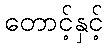
တောင့်နှင့်